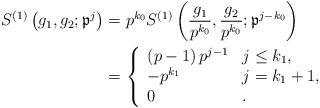
LaTeX: \begin{align*}S^{(1)}\left(g_1,g_2;\mathfrak{p}^{j }\right)&=p^{k_0}S^{(1)}\left(\frac{g_1}{p^{ k_0}},\frac{g_2}{p^{k_0}};\mathfrak{p}^{ j-k_0}\right)\\&=\left\{\begin{array}{ll}\left(p-1\right)p^{ j -1}& j \leq k_1,\\-p^{ k_1}& j = k_1+1,\\0&.\end{array}\right.\end{align*}